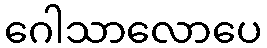
ဂေါသာလောပေ